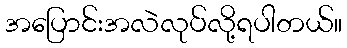
အပြောင်းအလဲလုပ်လို့ရပါတယ်။